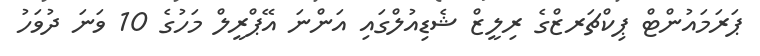
ޕަރަމައުންޓް ޕިކްޗަރޒްގެ ރިލީޒް ޝެޑިއުލްގައި އަންނަ އޭޕްރީލް މަހުގެ 10 ވަނަ ދުވަހު